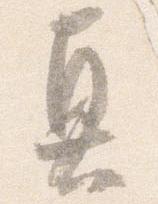
真